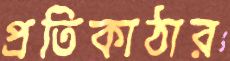
প্রতিকাঠার